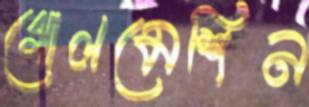
গোলমেশিন